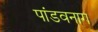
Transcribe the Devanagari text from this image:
पांडवनाग